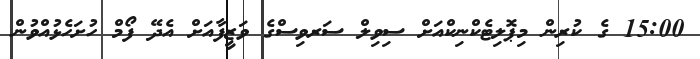
15:00 ގެ ކުރިން މިޕޮލިޓެކްނިކްއަށް ސިވިލް ސަރވިސްގެ ވަޒީފާއަށް އެދޭ ފޯމް ހުށަހެޅުއްވުން